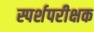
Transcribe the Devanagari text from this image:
स्पर्शपरीक्षक